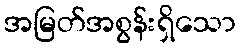
အမြတ်အစွန်းရှိသော